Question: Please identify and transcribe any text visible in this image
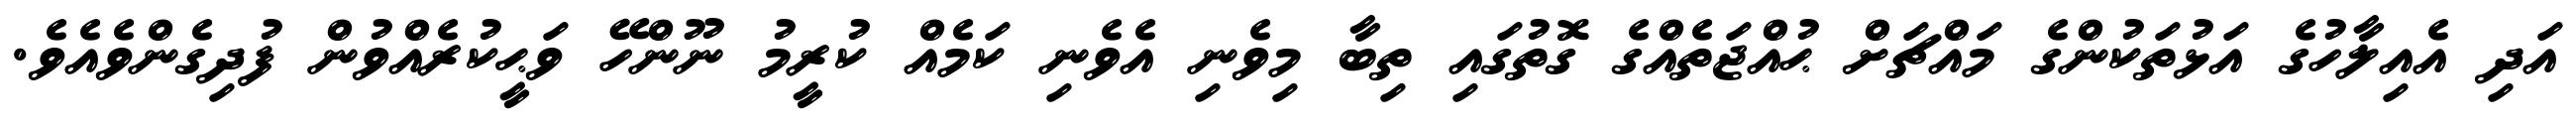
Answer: އަދި އެއިލާހުގެ އަޅުތަކުންގެ މައްޗަށް ޙުއްޖަތެއްގެ ގޮތުގައި ތިބާ މިވެނި އެވެނި ކަމެއް ކުރީމު ނޫންހޭ ވަޙީކުރެއްވުން ފުދިގެންވެއެވެ.